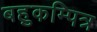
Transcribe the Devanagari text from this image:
बहुकम्पित्र